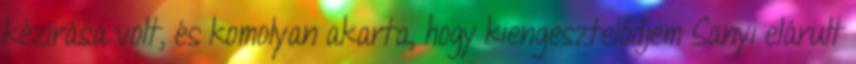
kézírása volt, és komolyan akarta, hogy kiengesztelődjem Sanyi elárult